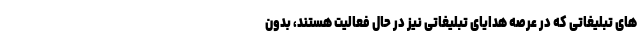
های تبلیغاتی که در عرصه هدایای تبلیغاتی نیز در حال فعالیت هستند، بدون